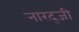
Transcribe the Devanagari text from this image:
नारद्जी